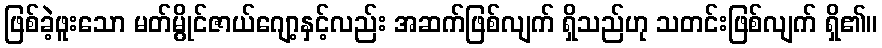
ဖြစ်ခဲ့ဖူးသော မတ်မွိုင်ဇာယ်ဂျော့နှင့်လည်း အဆက်ဖြစ်လျက် ရှိသည်ဟု သတင်းဖြစ်လျက် ရှိ၏။